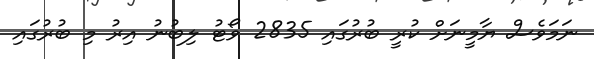
ނަމަވެސް ޔާމީނަށް ކުރީ ބުރުގައި 2835 ވޯޓު ލިބުނު އިރު މި ބުރުގައި